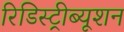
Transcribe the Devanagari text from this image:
रिडिस्ट्रीब्यूशन